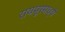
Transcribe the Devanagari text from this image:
रायपूरमध्ये